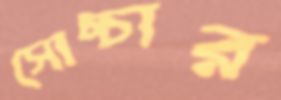
সোচ্চার